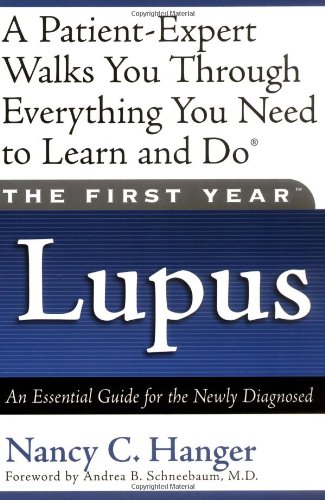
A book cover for The First Year: Lupus: An Essential Guide for the Newly Diagnosed; Nancy C. Hanger; Health, Fitness & Dieting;